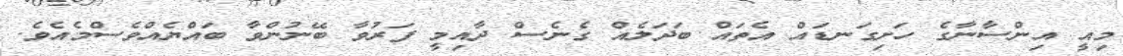
މިއީ އިންސާނާގެ ހަށިގަނޑައް އެތައް ބަދަލެއް ގެނެސް ދާއިމީ ފަރުވާ ބޭނުންވާ ބައްޔެއްވެސްމެއެވެ.